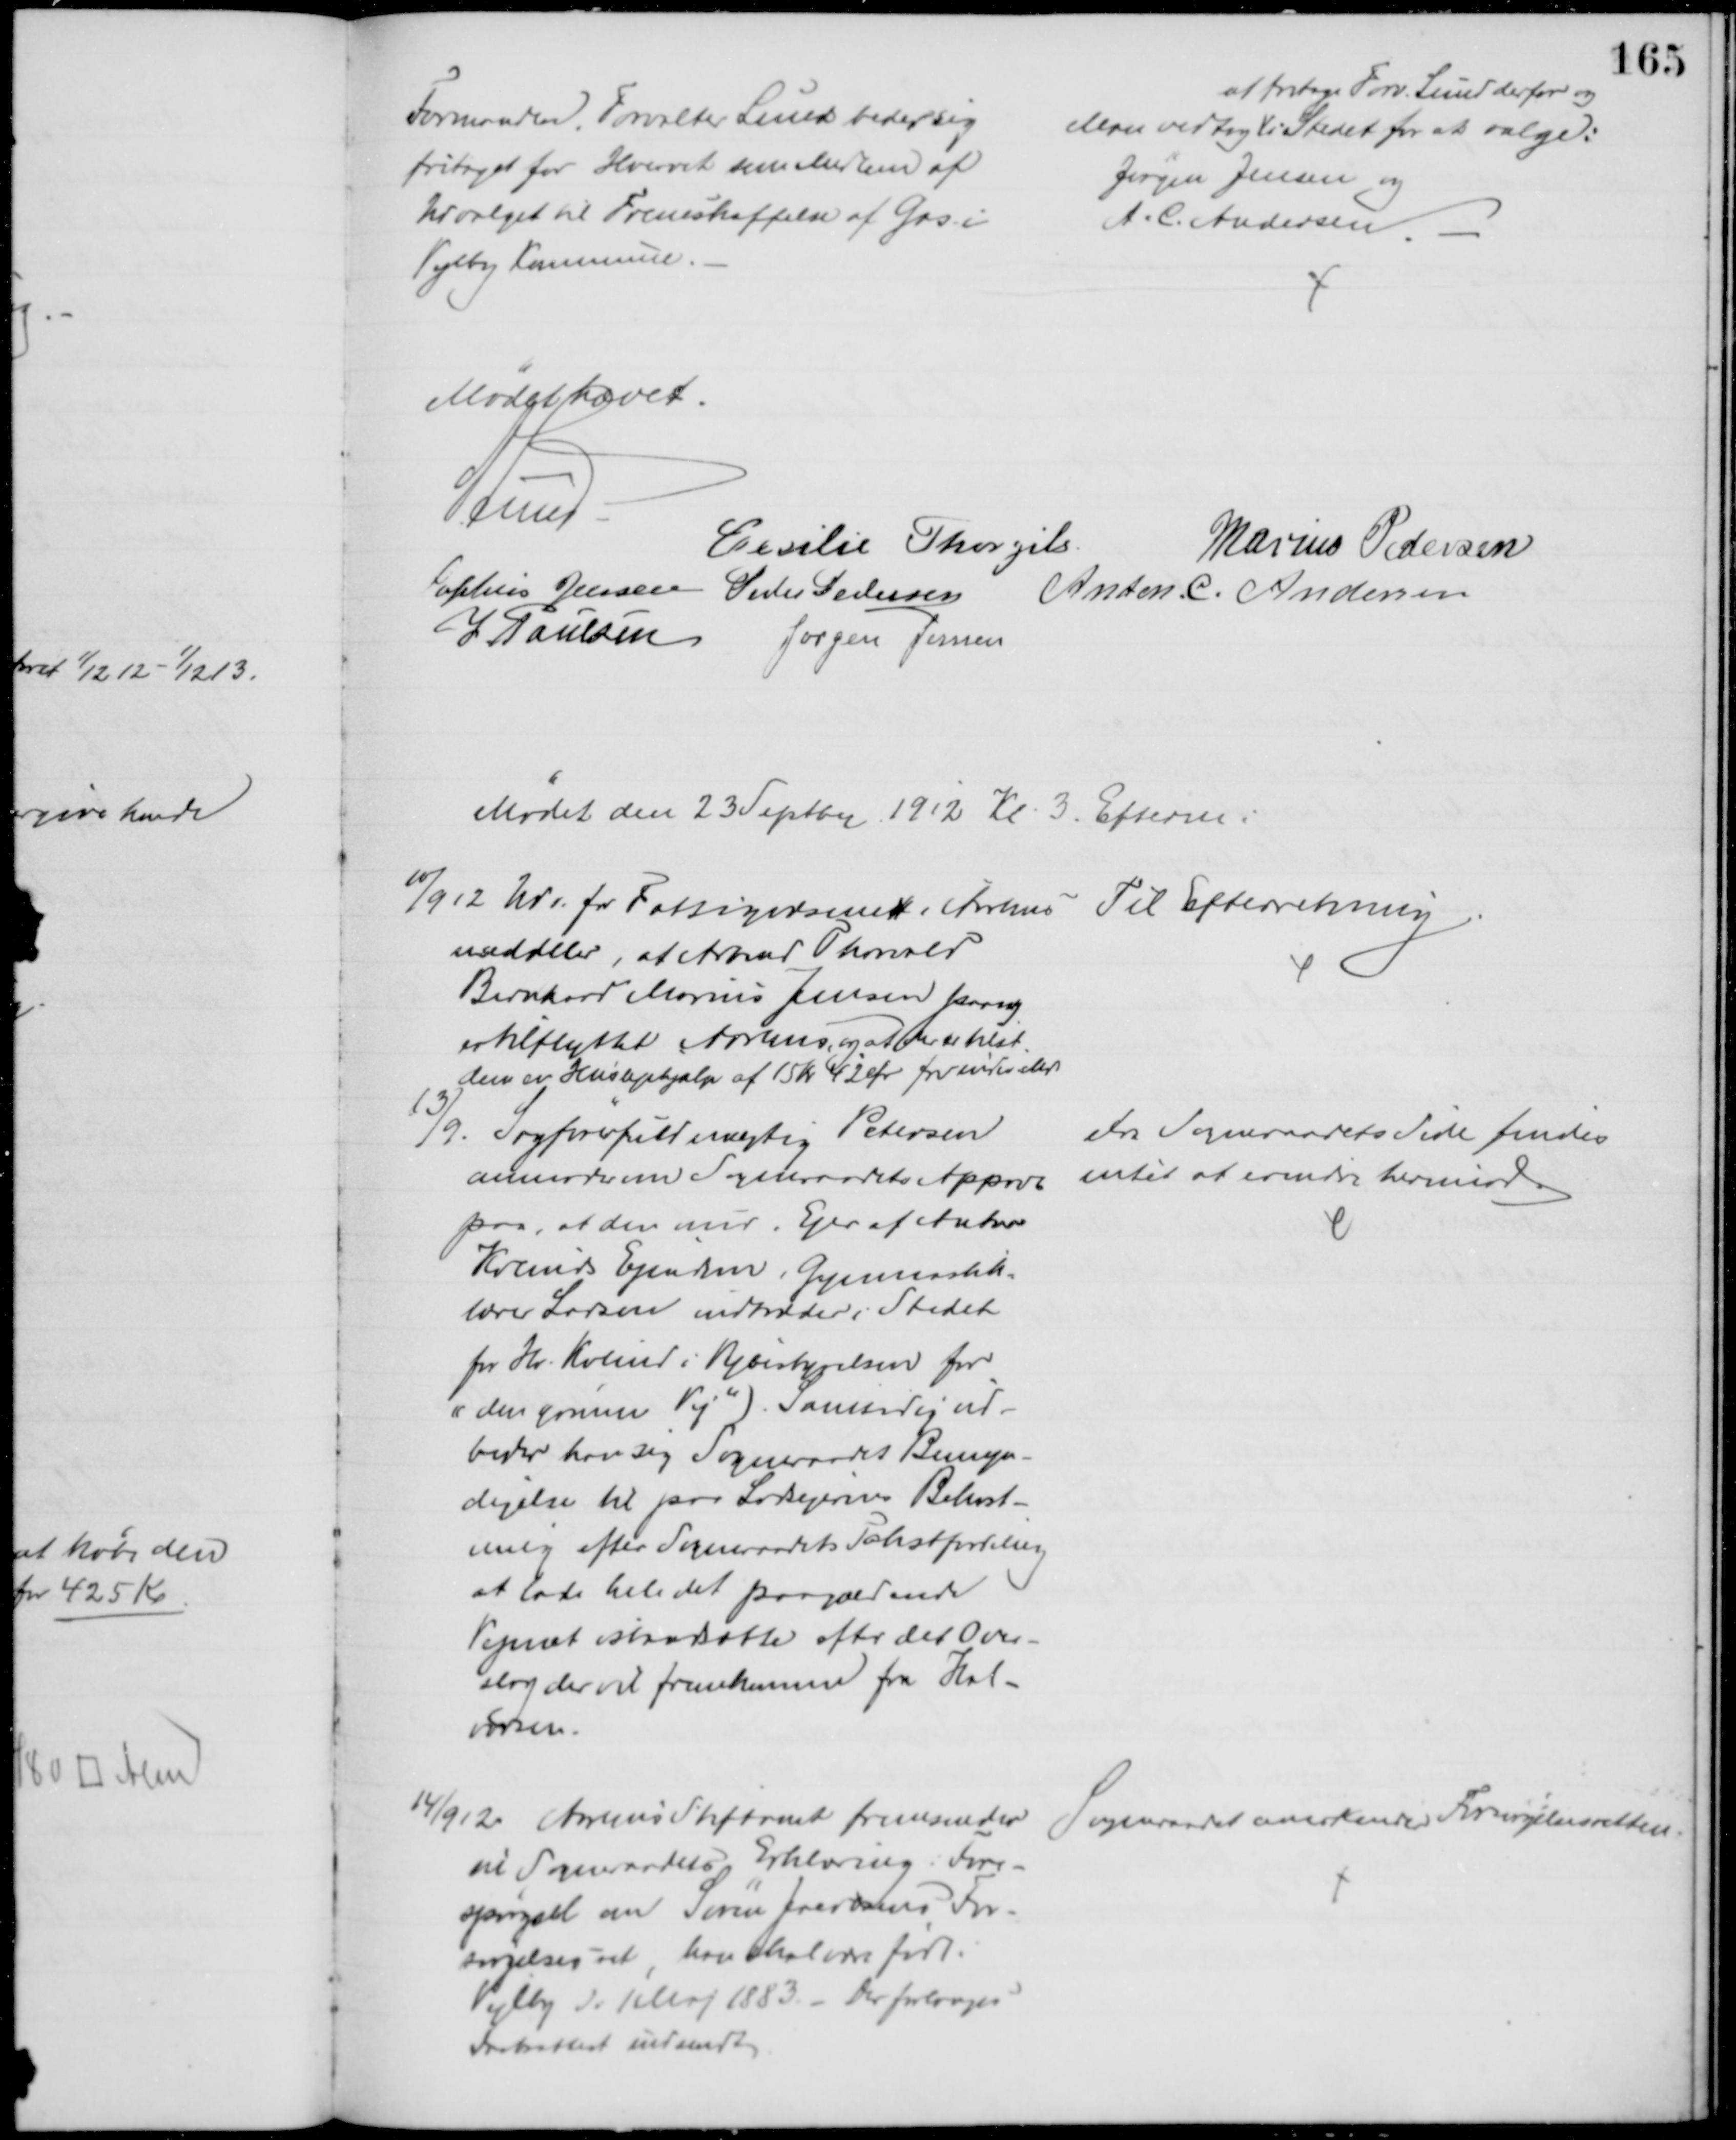
Transskription:
Formanden Forvalter Lund beder sig
fritaget for Hvervet som Medlem af
Udvalget til Fremskaffelse af Gas i
Vejlby Kommune.
Man vedtog
at fritage Forv. Lund derfor og 
i Stedet for at vælge:
Jørgen Jensen og
A. C. Andersen
Mødet hævet.
A Lund
Cecilie Thorgils
Marius Pedersen
Sophus Jensen Peder Pedersen
Anton. C. Andersen
J Poulsen
Jørgen Jensen
Mødet den 23 Septbr 1912 Kl. 3. Efterm.
10/9 12 Udv. for Fattigvæsenet i Aarhus
meddeler, at Arbmd Thorvald
Bernhard Marius Jensen paany
er tilflyttet Aarhus, og at der er tilst.
dem en Huslejehjælp af 15 kr 42 Ør for indev. Md.
Til Efterretning
13/9. Sagførerfuldmægtig Petersen
anmoder om Sogneraadets Approb
paa, at den nuv. Ejer af Anker
Kolinds Ejendom, Gymnastik=
lærer Larsen indtræder i Stedet
for Hr. Kolind i Vejbestyrelsen for
"den grønne Vej"). Samtidig ud-
beder han sig Sogneraadet Bemyn-
digelse til paa Lodsejernes Bekost-
ning efter Sogneraadets Takstfordeling
at lade hele det paagældende
Vejnæt istandsætte efter det Over-
slag der vil fremkomme fra Hal-
vorsen.
Fra Sogneraadets Side findes
intet at erindre herimod
14/9 12. Aarhus Stiftamt fremsender 
til Sogneraadets Erklæring: Fore-
spørgsel om Søren Jacobsens For-
sørgelsesret, han skal være født i
Vejlby d: 1 Maj 1883. - Der forlanges
Daabsattest indsendt
Sogneraadet anerkender Forsørgelsesretten.